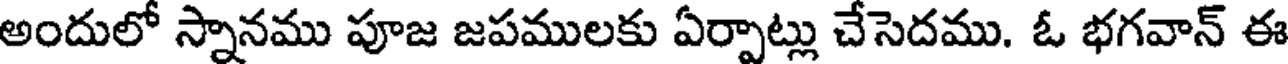
అందులో స్నానము పూజ జపములకు ఏర్పాట్లు చేసెదము. ఓ భగవాన్ ఈ